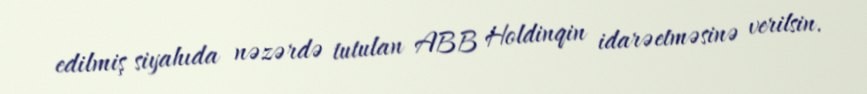
edilmiş siyahıda nəzərdə tutulan ABB Holdinqin idarəetməsinə verilsin.